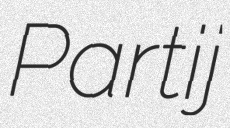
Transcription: Partij